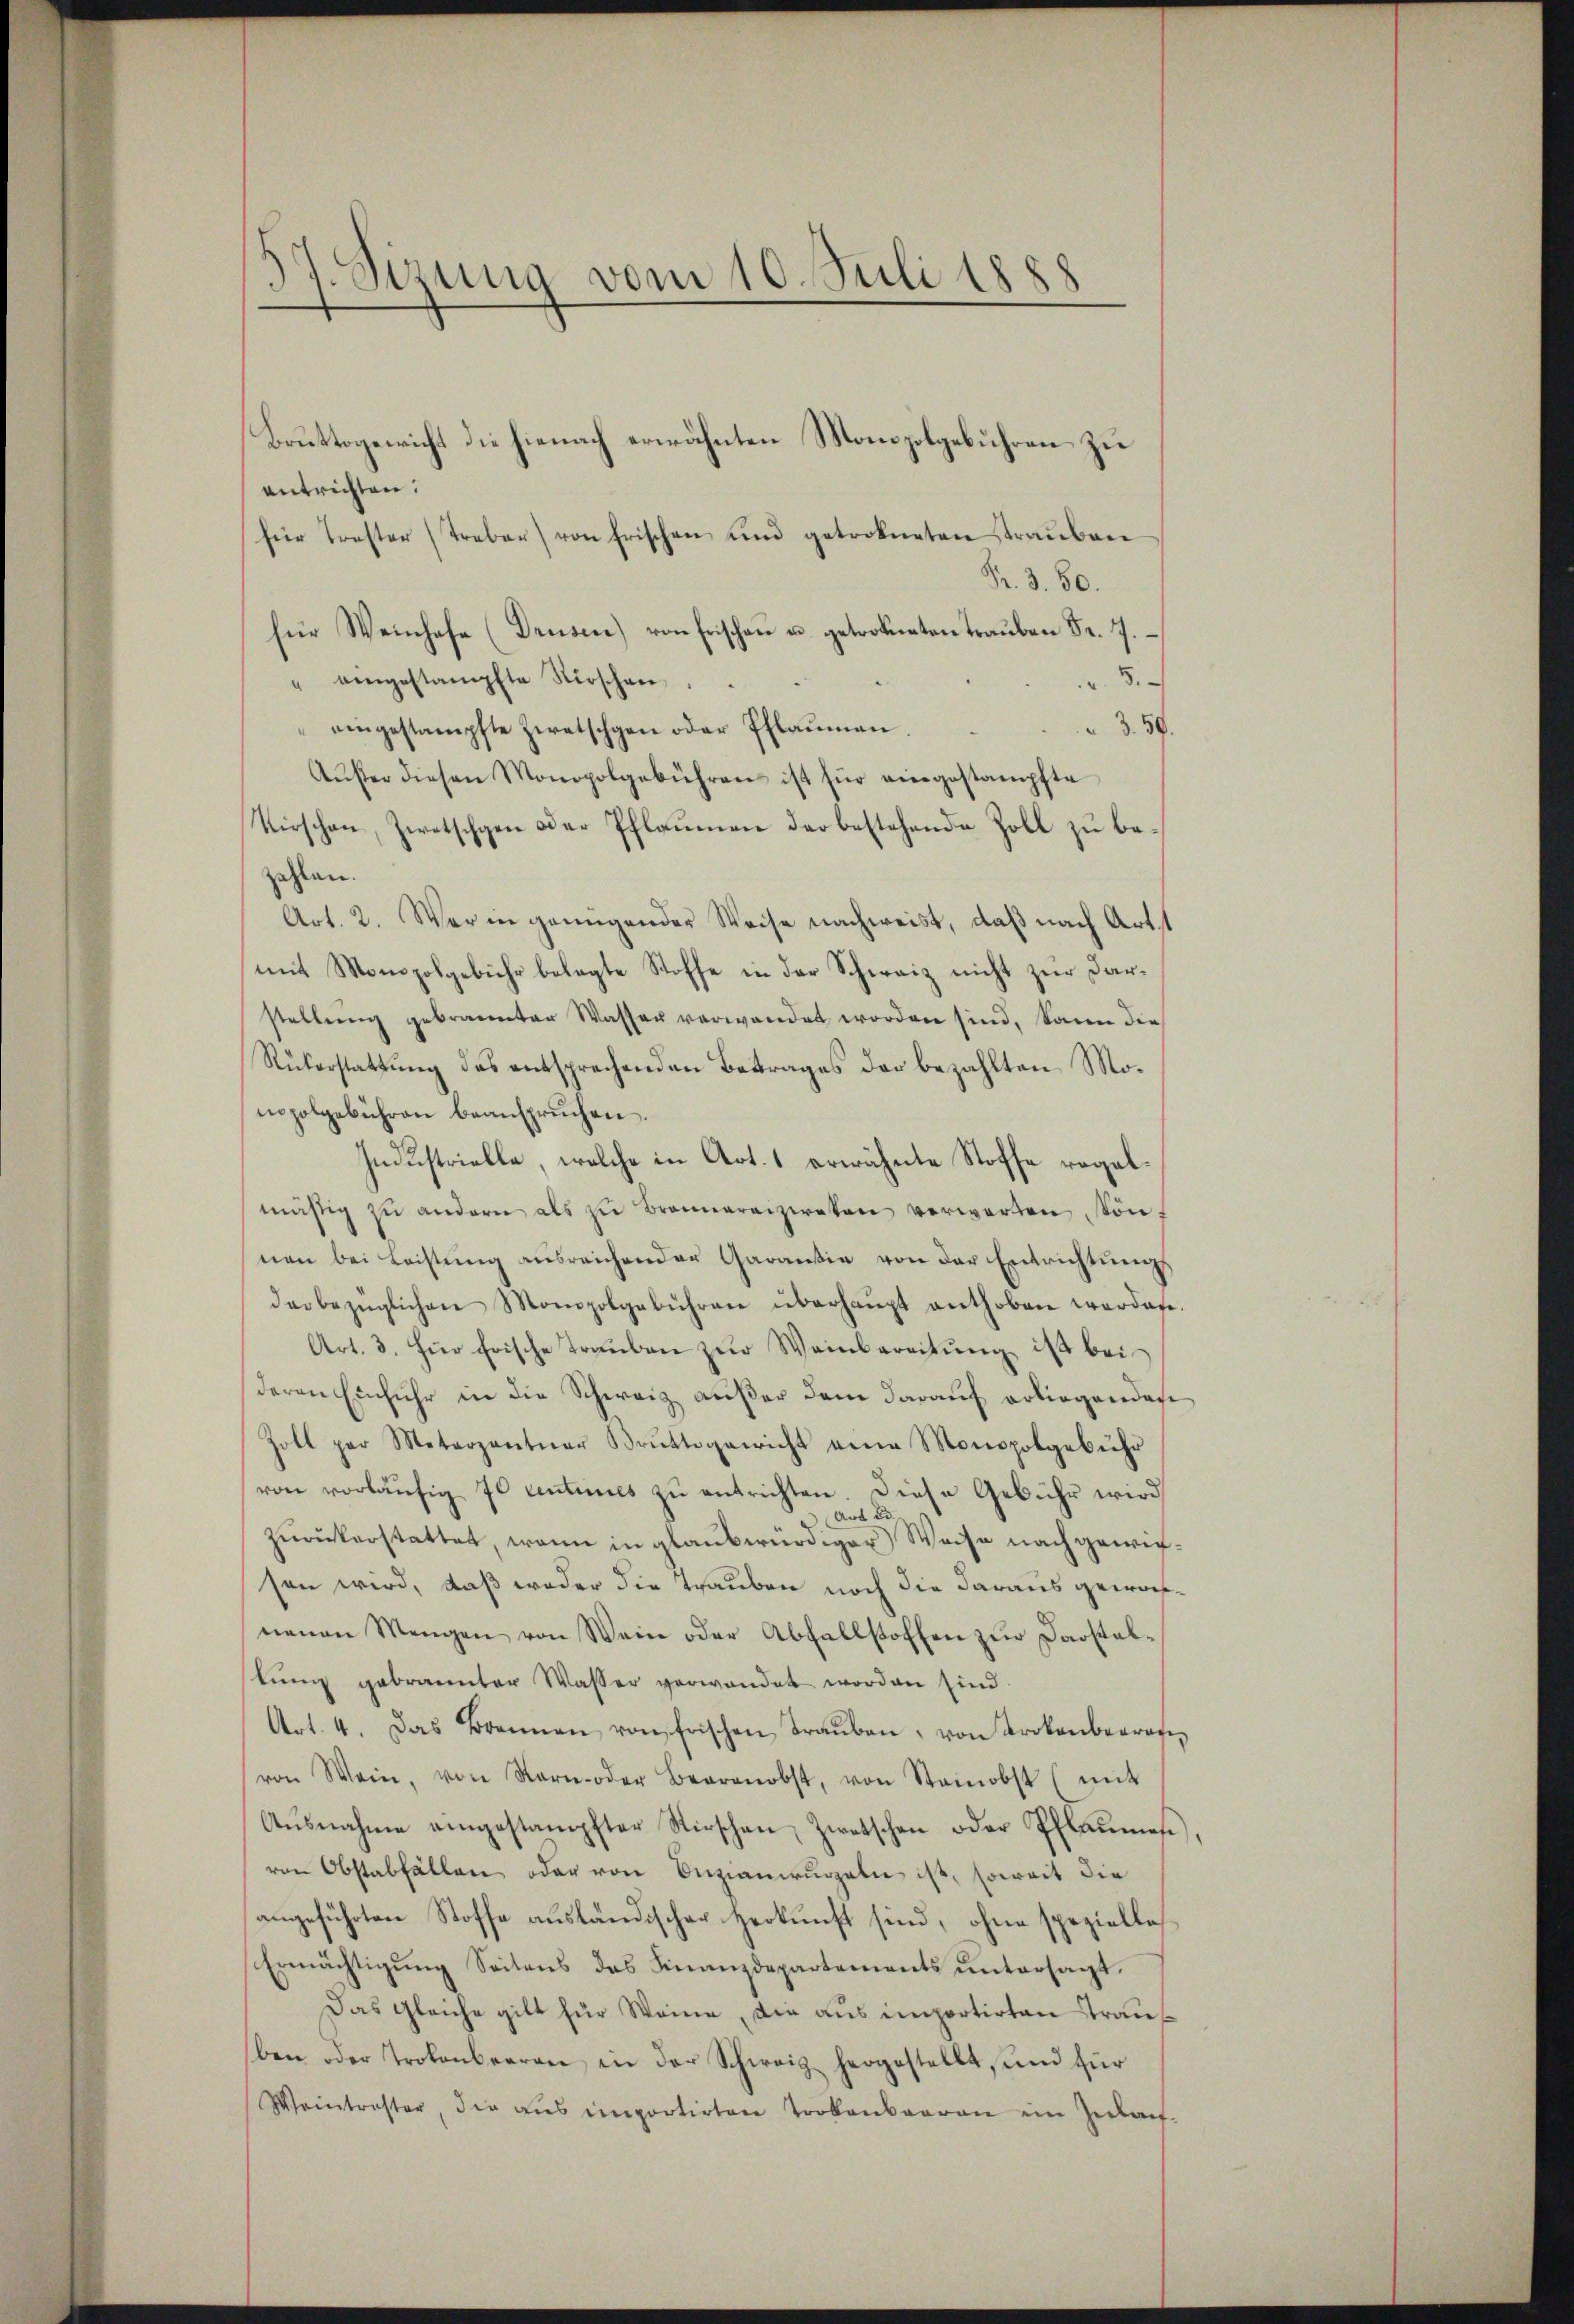
Bruttogenricht die hienach erwähnten Monopolgebühren zu
entrichten.
für Trester (Treber) von frischen und getrokneten traŭben
Pr. 3. 50.
für Weinhofe (Drüsen) von Frischen u. getrokneten Trauben Fr. 7.
5.
" eingestampfte Kirschen
eingestampfte Zwetschgen oder Pflauman
3. 57.
Aŭser diesen Monopolgebühren ist für eingestampfte
Kirschen, Zwetschgen der Pflaumen der bestehende Zoll zu bezahlen.
Art. 2. Wer in genügender Weise nachweist, daß nach Artst
mit Monopolgebühr belegte Stoffe in der Schweiz nicht zur Darstellŭng gebrannten Wasser verwendet worden sind, kann die
Rükerstattung des entsprechenden Betrages der bezahlten Monopolgebühren beansprŭchen.
Industrielle, welche in Art. 1 erwähnte Stoffe regelmäßig zu andern als zu Brennereizereten verwarten konf
nen bei Leistŭng ausreichender Garantie von der Entrichtŭngs
derbezüglichen Monopolgebühren überhaŭpt enthoben werden.
Art. 3. Für Frische Traŭben zŭr Weinbereitŭng ist bei
deren Einfuhr in die Schweiz außer dem darauf erliegenden
Zoll par Meterpantŭar Brŭttogericht eine Monopolgebühr
ven vorläŭfig 70 centimes zŭ entrichten diese Gebühr wird
Aus
zŭrückerstattet, wenn in glaubwürdiger Weise nachgewichsen wird, daß weder die Trauben noch die daraus geworneuen Mengen von Wein oder Abfallstoffen zŭr Darstal-
tŭng gebrannter Wasser verwandet worden sind.
Art. 4. Das Brennen von Frischen Traŭben von Trokenbegrafiz
von Wein, von Kern oder Bearnobst, von Stainobst (mit
Aŭsnahme eingestampfter Kirschen Zwetschen oder Pflaumen,
von Obstabfällen oder von Enzianirungeln ist, soweit die
angeführten Stoffe ausländischer Herkunft sind, ohne spezielle
Ermächtigung Seitens das Finanzdepartements untersagt.
Das gleiche gilt für Weine, die aus importirten Traus
ben oder Trokonbearan die der Schweiz hergestellt, und für
Wointraster, die aŭs importirten trokenbaaren ein Zulauf-

17. Sizung vom 10. Juli 1888